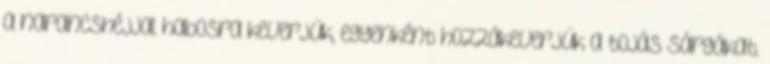
a narancshéjjal habosra keverjük, egyenként hozzákeverjük a tojás sárgákat.